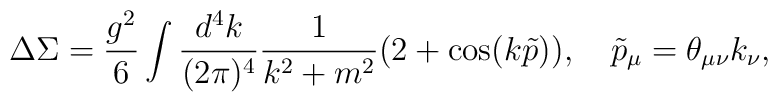
\Delta \Sigma = \frac{g^2}6\int \frac{d^4k}{(2\pi)^4} \frac1{k^2+m^2}\big(2+\cos(k\tilde p)\big),\quad \tilde p_\mu = \theta_{\mu\nu}k_\nu,